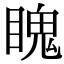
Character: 䁛